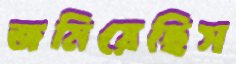
জমিয়েছিস